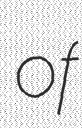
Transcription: of